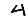
Digit: 4